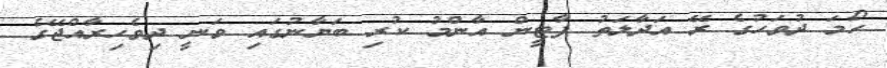
ހޯމަ ދުވަހުގެ ރޭ އަދާލަތު ޕާޓީން އާންމު ކުރި ބަޔާނުގައި ވަނީ ދިވެހިރާއްޖޭގެ